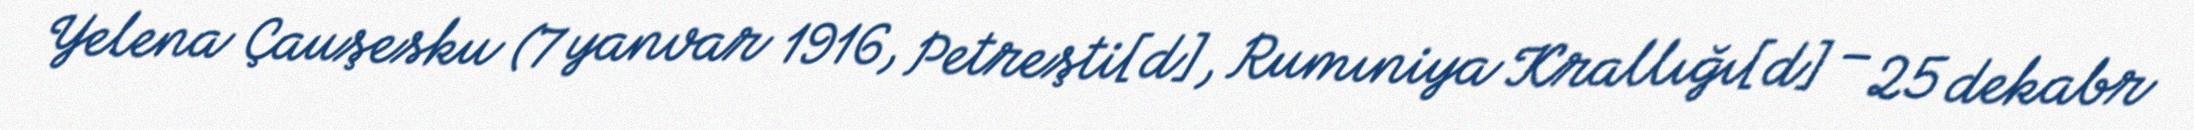
Yelena Çauşesku (7 yanvar 1916, Petreşti[d], Rumıniya Krallığı[d] – 25 dekabr